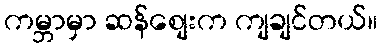
ကမ္ဘာမှာ ဆန်စျေးက ကျချင်တယ်။